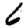
Digit: 6